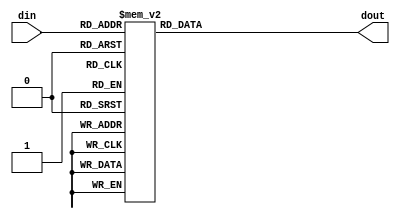
module Digit_Decoder(
    input  [3:0]din,
    output reg [6:0]dout
    );
    initial dout = 7'b00000001;
    always@(*) begin
        case(din)
            4'b0000: begin dout = 7'b0000001;end//0
            4'b0001: begin dout = 7'b1001111;end//1
            4'b0010: begin dout = 7'b0010010;end//2
            4'b0011: begin dout = 7'b0000110;end//3
            4'b0100: begin dout = 7'b1001100;end//4
            4'b0101: begin dout = 7'b0100100;end//5
            4'b0110: begin dout = 7'b0100000;end//6
            4'b0111: begin dout = 7'b0001111;end//7
            4'b1000: begin dout = 7'b0000000;end//8
            4'b1001: begin dout = 7'b0000100;end//9
            4'b1010: begin dout = 7'b0001000;end//A
            4'b1011: begin dout = 7'b1100000;end//b
            4'b1100: begin dout = 7'b0110001;end//C
            4'b1101: begin dout = 7'b1000010;end//d
            4'b1110: begin dout = 7'b0110000;end//E
            4'b1111: begin dout = 7'b0111000;end//F
        endcase
    end
endmodule